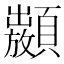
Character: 𩕣